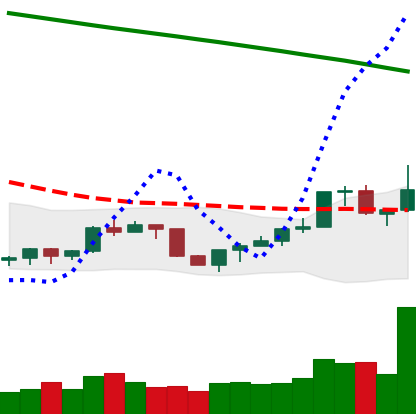
Ticker: NEO-USD
Chart end date: 2022-07-22
Forward return: -4.727%
Label: down_3_5